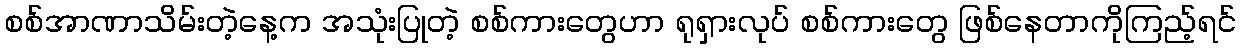
စစ်အာဏာသိမ်းတဲ့နေ့က အသုံးပြုတဲ့ စစ်ကားတွေဟာ ရုရှားလုပ် စစ်ကားတွေ ဖြစ်နေတာကိုကြည့်ရင်